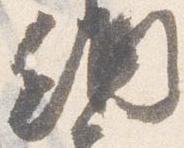
納